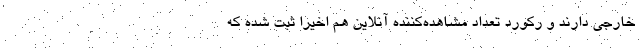
خارجی دارند و رکورد تعداد مشاهده‌کننده آنلاین هم اخیرا ثبت‌ شده که